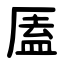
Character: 㕎